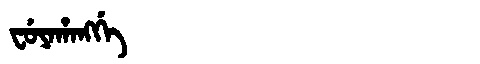
Manchu: ᠸᡠᠶᠠᡥᠠᠩᡤᡝ
Romanization: FUYAHANGGE